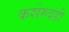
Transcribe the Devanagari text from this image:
कशेरुदंडी